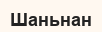
Шаньнан